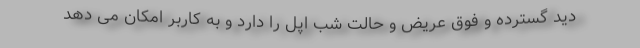
دید گسترده و فوق عریض و حالت شب اپل را دارد و به کاربر امکان می دهد